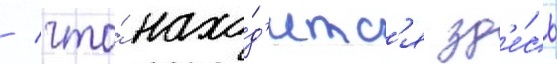
/ что́ нахо́д'итс'я зд'е́сь